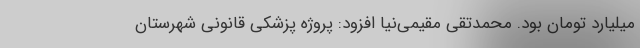
میلیارد تومان بود. محمدتقی مقیمی‌نیا افزود: پروژه پزشکی قانونی شهرستان